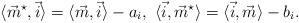
LaTeX: \begin{align*}\langle \vec{m}^{\star}, \vec{i} \rangle =\langle \vec{m}, \vec{i} \rangle -a_i, \ \langle \vec{i}, \vec{m}^{\star}\rangle =\langle \vec{i}, \vec{m} \rangle -b_i.\end{align*}